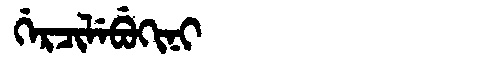
Manchu: ᡤᡝᡵᠴᡳᠯᡝᠪᡠᡴᡳᠨᡳ
Romanization: GERCILEBUKINI